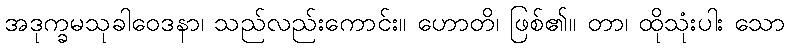
အဒုက္ခမသုခါဝေဒနာ၊ သည်လည်းကောင်း။ ဟောတိ၊ ဖြစ်၏။ တာ၊ ထိုသုံးပါး သော